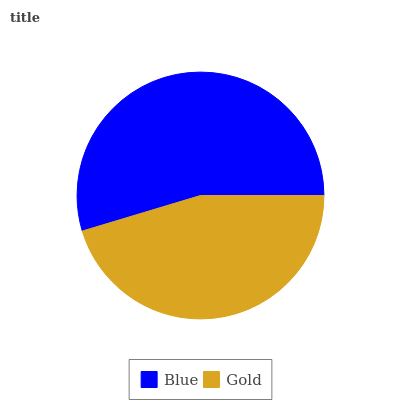
| Blue | Gold |
 | --- | --- |
 | 54.6% | 45.4% |